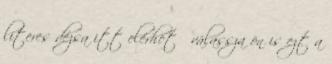
literes dézsa itt elérhető válassza ön is ezt a